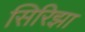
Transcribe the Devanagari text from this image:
सिरिझा